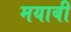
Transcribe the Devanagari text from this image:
मयाबी